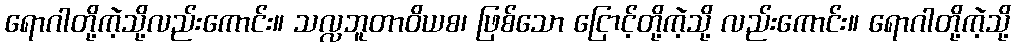
ရောဂါတို့ကဲ့သို့လည်းကောင်း။ သလ္လဘူတာဝိယစ၊ ဖြစ်သော ငြောင့်တို့ကဲ့သို့ လည်းကောင်း။ ရောဂါတို့ကဲ့သို့